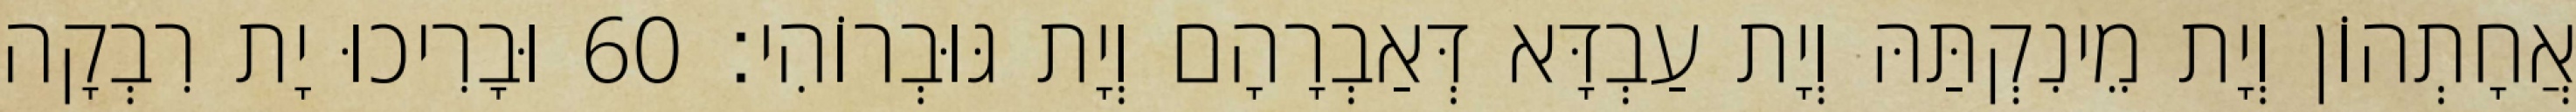
אֲחָתְהוֹן וְיָת מֵינִקְתַּהּ וְיָת עַבְדָּא דְּאַבְרָהָם וְיָת גּוּבְרוֹהִי׃ 60 וּבָרִיכוּ יָת רִבְקָה